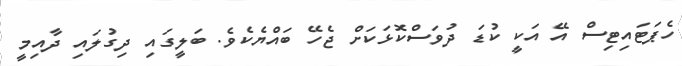
ހެޕަޓައިޓިސް އޭ އަކީ ކުޑަ ދުވަސްކޮޅަކަށް ޖެހޭ ބައްޔެކެވެ. ބަލީގައި ދިގުލައި ދާއިމީ